Plague in India, 1896, 1897 - Volume 2
Year: 1896
Disease focus: Plague
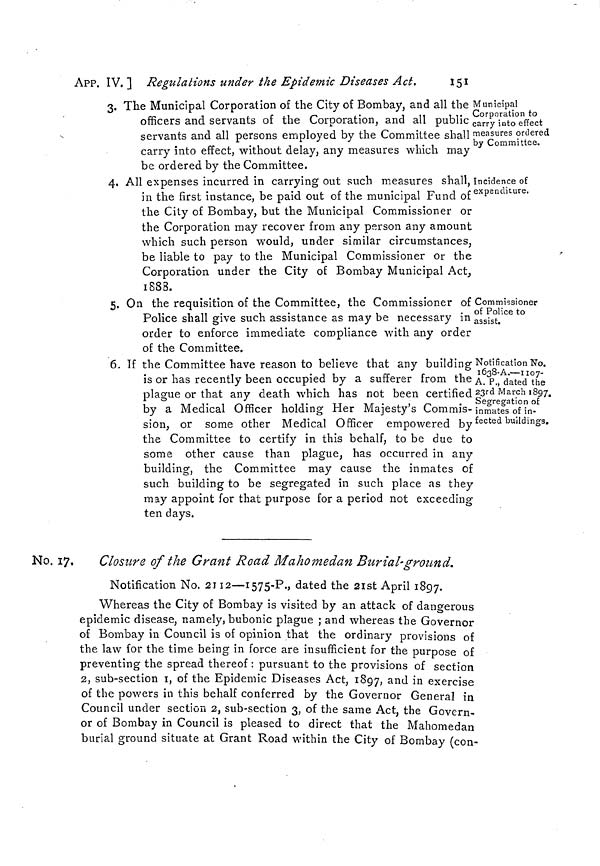
APP. IV. ] Regulations under the Epidemic Diseases Act,
151
Municipal
Corporation to
carry into effect
measures ordered
by Committee.
3. The Municipal Corporation of the City of Bombay, and all the
officers and servants of the Corporation, and all public
servants and all persons employed by the Committee shall
carry into effect, without delay, any measures which may
be ordered by the Committee.
Incidence of
expenditure.
4, All expenses incurred m carrying out such measures shall,
in the first instance, be paid out of the municipal Fund of
the City of Bombay, but the Municipal Commissioner or
the Corporation may recover from any person any amount
which such person would, under similar circumstances,
be liable to pay to the Municipal Commissioner or the
Corporation under the City of Bombay Municipal Act,
1888.
Commissioner
of Police to
assist.
5. On the requisition of the Committee, the Commissioner of
Police shall give such assistance as may be necessary in
order to enforce immediate compliance with any order
of the Committee.
Notification No.
1038-A.—1107-
A. P., dated the
23rd March 1897.
Segregation of
inmates of in-
fected buildings.
6. If the Committee have reason to believe that any building
is or has recently been occupied by a sufferer from the
plague or that any death which has not been certified
by a Medical Officer holding Her Majesty's Commis-
sion, or some other Medical Officer empowered by
the Committee to certify in this behalf, to be due to
some other cause than plague, has occurred in any
building, the Committee may cause the inmates of
such building to be segregated in such place as they
may appoint for that purpose for a period not exceeding
ten days.
No. 17,
1 Closure of the Grant Road Mahomedan Burial-ground.
Notification No. 2112—1575-P., dated the 21st April 1897.
Whereas the City of Bombay is visited by an attack of dangerous
epidemic disease, namely, bubonic plague ; and whereas the Governor
of Bombay in Council is of opinion that the ordinary provisions of
the law for the time being in force are insufficient for the purpose of
preventing the spread thereof : pursuant to the provisions of section
2, sub-section I, of the Epidemic Diseases Act, 1897, and in exercise
of the powers in this behalf conferred by the Governor General in
Council under section 2, sub-section 3, of the same Act, the Govern-
or of Bombay in Council is pleased to direct that the Mahomedan
burial ground situate at Grant Road within the City of Bombay (con-